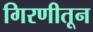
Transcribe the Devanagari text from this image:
गिरणीतून